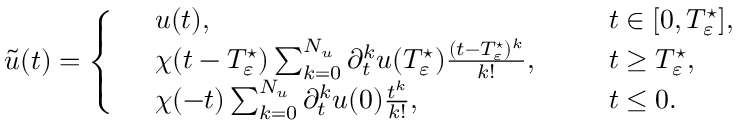
\begin{array} { r } { \widetilde { u } ( t ) = \left\{ \begin{array} { r l r l } & { u ( t ) , \ \ } & & { t \in [ 0 , T _ { \varepsilon } ^ { \star } ] , } \\ & { \chi ( t - T _ { \varepsilon } ^ { \star } ) \sum _ { k = 0 } ^ { N _ { u } } \partial _ { t } ^ { k } u ( T _ { \varepsilon } ^ { \star } ) \frac { ( t - T _ { \varepsilon } ^ { \star } ) ^ { k } } { k ! } , \ \ } & & { t \geq T _ { \varepsilon } ^ { \star } , } \\ & { \chi ( - t ) \sum _ { k = 0 } ^ { N _ { u } } \partial _ { t } ^ { k } u ( 0 ) \frac { t ^ { k } } { k ! } , \ \ } & & { t \leq 0 . } \end{array} \right. } \end{array}